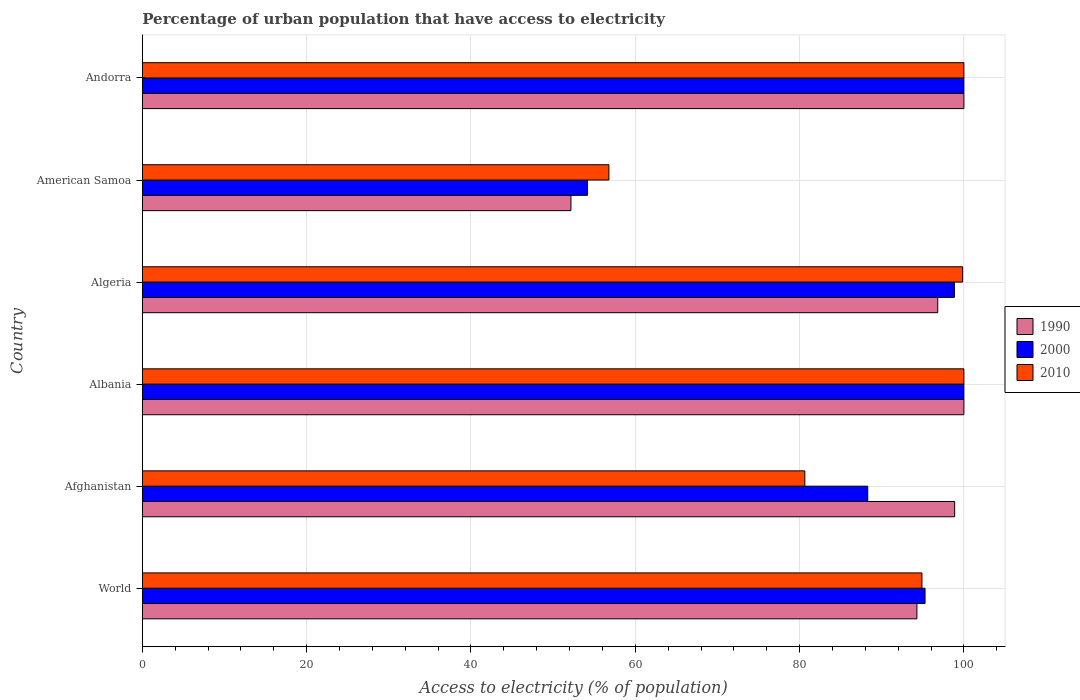
| Country | 1990 | 2000 | 2010 |
 | --- | --- | --- | --- |
 | World | 94.3 | 95.3 | 94.9 |
 | Afghanistan | 98.9 | 88.3 | 80.6 |
 | Albania | 100 | 100 | 100 |
 | Algeria | 96.8 | 98.8 | 99.8 |
 | American Samoa | 52.2 | 54.2 | 56.8 |
 | Andorra | 100 | 100 | 100 |